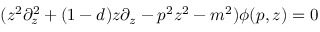
( z ^ { 2 } \partial _ { z } ^ { 2 } + ( 1 - d ) z \partial _ { z } - p ^ { 2 } z ^ { 2 } - m ^ { 2 } ) \phi ( p , z ) = 0